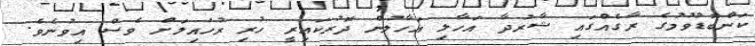
ކަންބޮޑުވުމުގެ ރާގެއްގައި ޝާރުދާ އަހާލި އަހާލުން ދޮރުކައިރީ ހުރި ރުހައިލަށް ވެސް އިވުނެވެ.